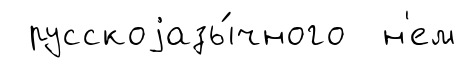
русскоjазы́чного н'ем